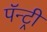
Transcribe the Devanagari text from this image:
पॅन्ट्री